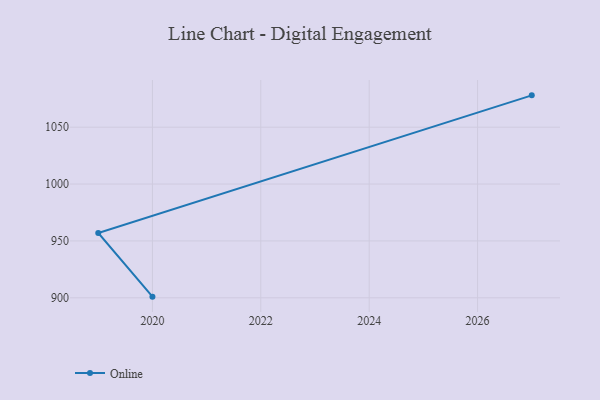
{"axis": {"x": "Year", "y": "Gross Profit (USD K)"}, "legend": ["Online"], "data": [{"x": "2020", "y": 901.0, "type": "Online"}, {"x": "2019", "y": 957.0, "type": "Online"}, {"x": "2027", "y": 1078.0, "type": "Online"}]}